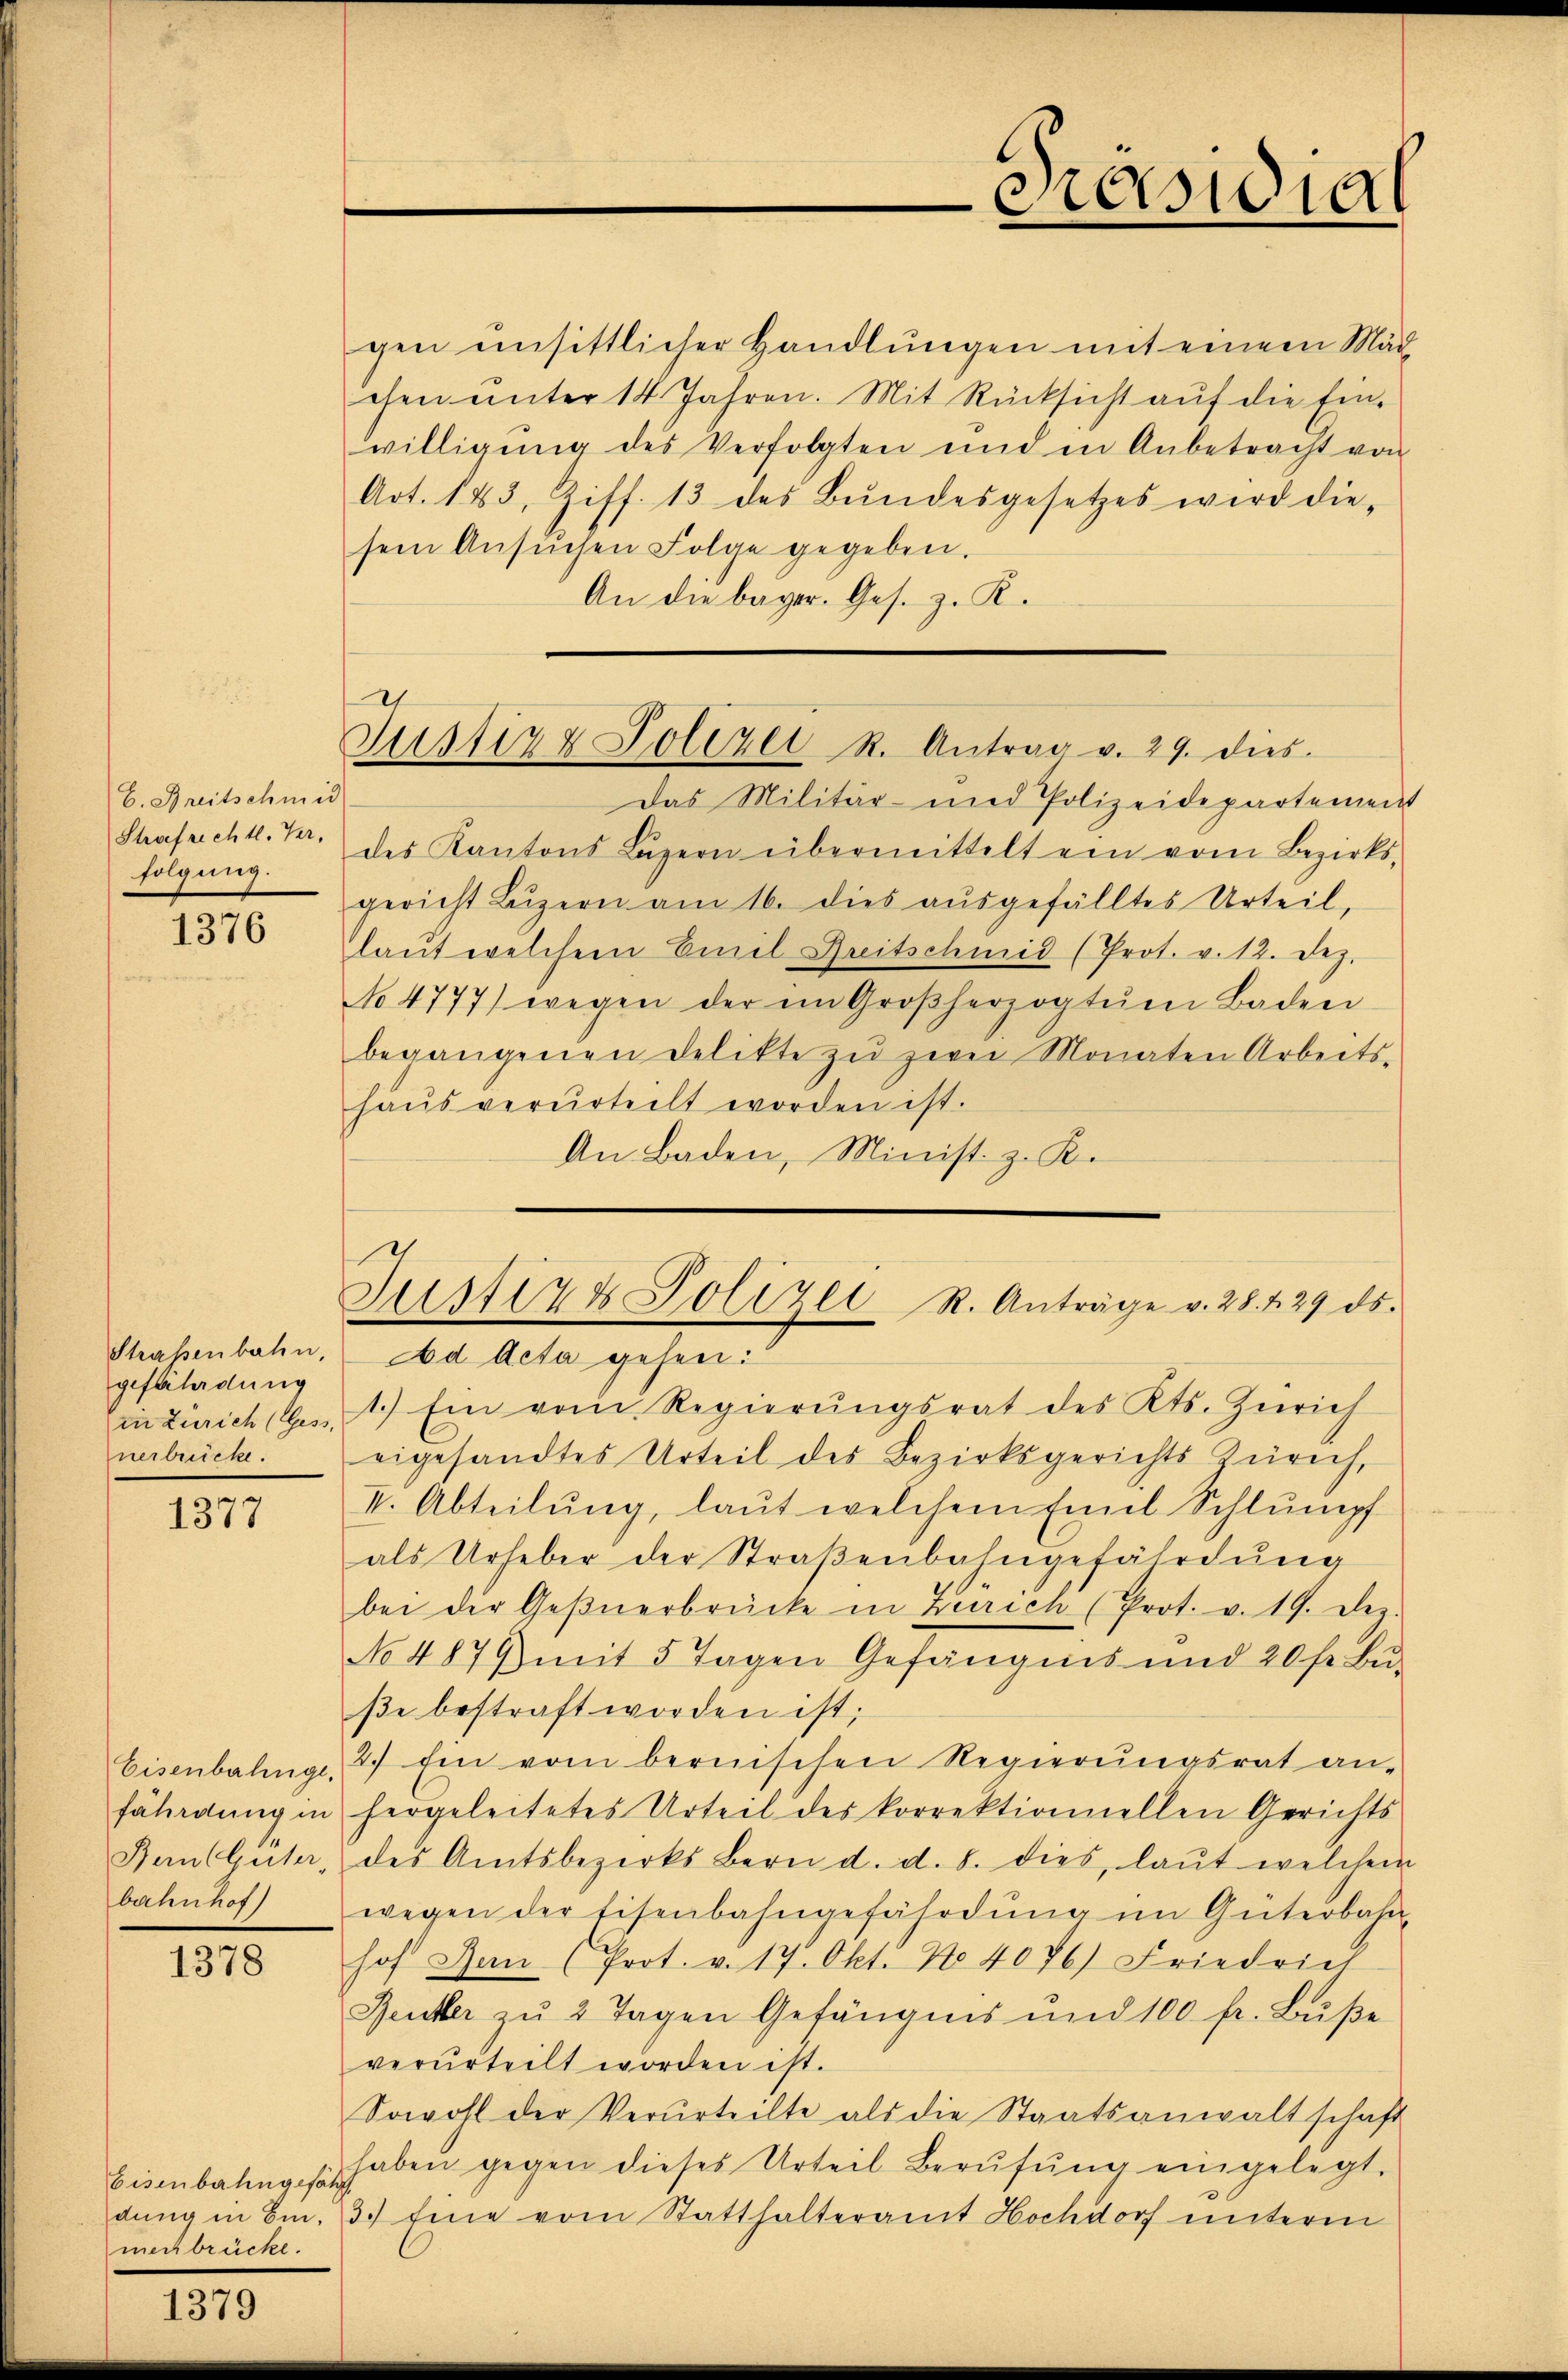
b. Breitschmid
Strafrechtl. Ver-
folgung.

1376

Straßenbahn,
gefährdung
in Zürich (Gess.
nerbrücke.

1377

Eisenbahnge,
fährdung in
Bern Güter
oachinos

1378

Eisenbahngefähr
dung in Einmechbrücke.

1379

gen einsittlicher Handlungen mit einem Mäd
chen unter 14 Jahren. Mit Rücksicht aŭf die Ein-
willigung des Verfolgten und in Anbetracht von
Art. 183, Ziff. 13 des Bŭndesgesetzes wird die-
sein Ansŭchen Folge gegeben.
An die bager. Ges. z. R.

h
Justiz & Polizei R. Antrag v. 29. dies

Das Militär- und Polizeidepartement
des Kantons Lŭzern übermittelt ein vom Bezirks-
gericht Lŭzern am 16. dies aŭsgefälltes Urteil,
laŭt welchem Emil Breitschmid (Prot. v. 12. Dez.
No 4777) wegen der im Großherzogtŭm Baden
begangenen Delikte zŭ zwei Monaten Arbeits-
haŭs verurteilt worden ist.
An Baden, Minist z. B.

Ad Acta gehen:
1.) Ein vom Regierŭngsrat des Kts. Zürich
eigesandtes Urteil des Bezirksgerichts Zürich,
II. Abteilŭng, laut welchem Emil Schlŭmpf
als Urheber der Straßenbahngefährdung
bei der Geβnerbrücke in Zürich (Prot. v. 19. Dez.
No 4879 mit 5 Tagen Gefängnis und 20 fr. Bŭ-
βe bestraft worden ist;
2.) Ein vom bernischen Regierungsrat an-
hergeleitetes Urteil des korrektionnellen Gerichts
des Amtsbezirks Bern d. d. 8. dies, laut welchen
wegen der Eisenbahngefährdŭng im Güterbahn
hof Ban (Prot. v. 17. Okt. No. 4076) Friedrich
Reutter zu 2 Tagen Gefängnis und 100 fr. Buße
verurteilt worden ist.
Sowohl der Verurteilte als die Staatsanwaltschaft
haben gegen dieses Urteil Berŭfŭng eingelegt.
3.) Eine vom Statthalteramt Hochdorf unterm

Praesidial

Justiz & Polizei R. Anträge v. 28. 429 ds.